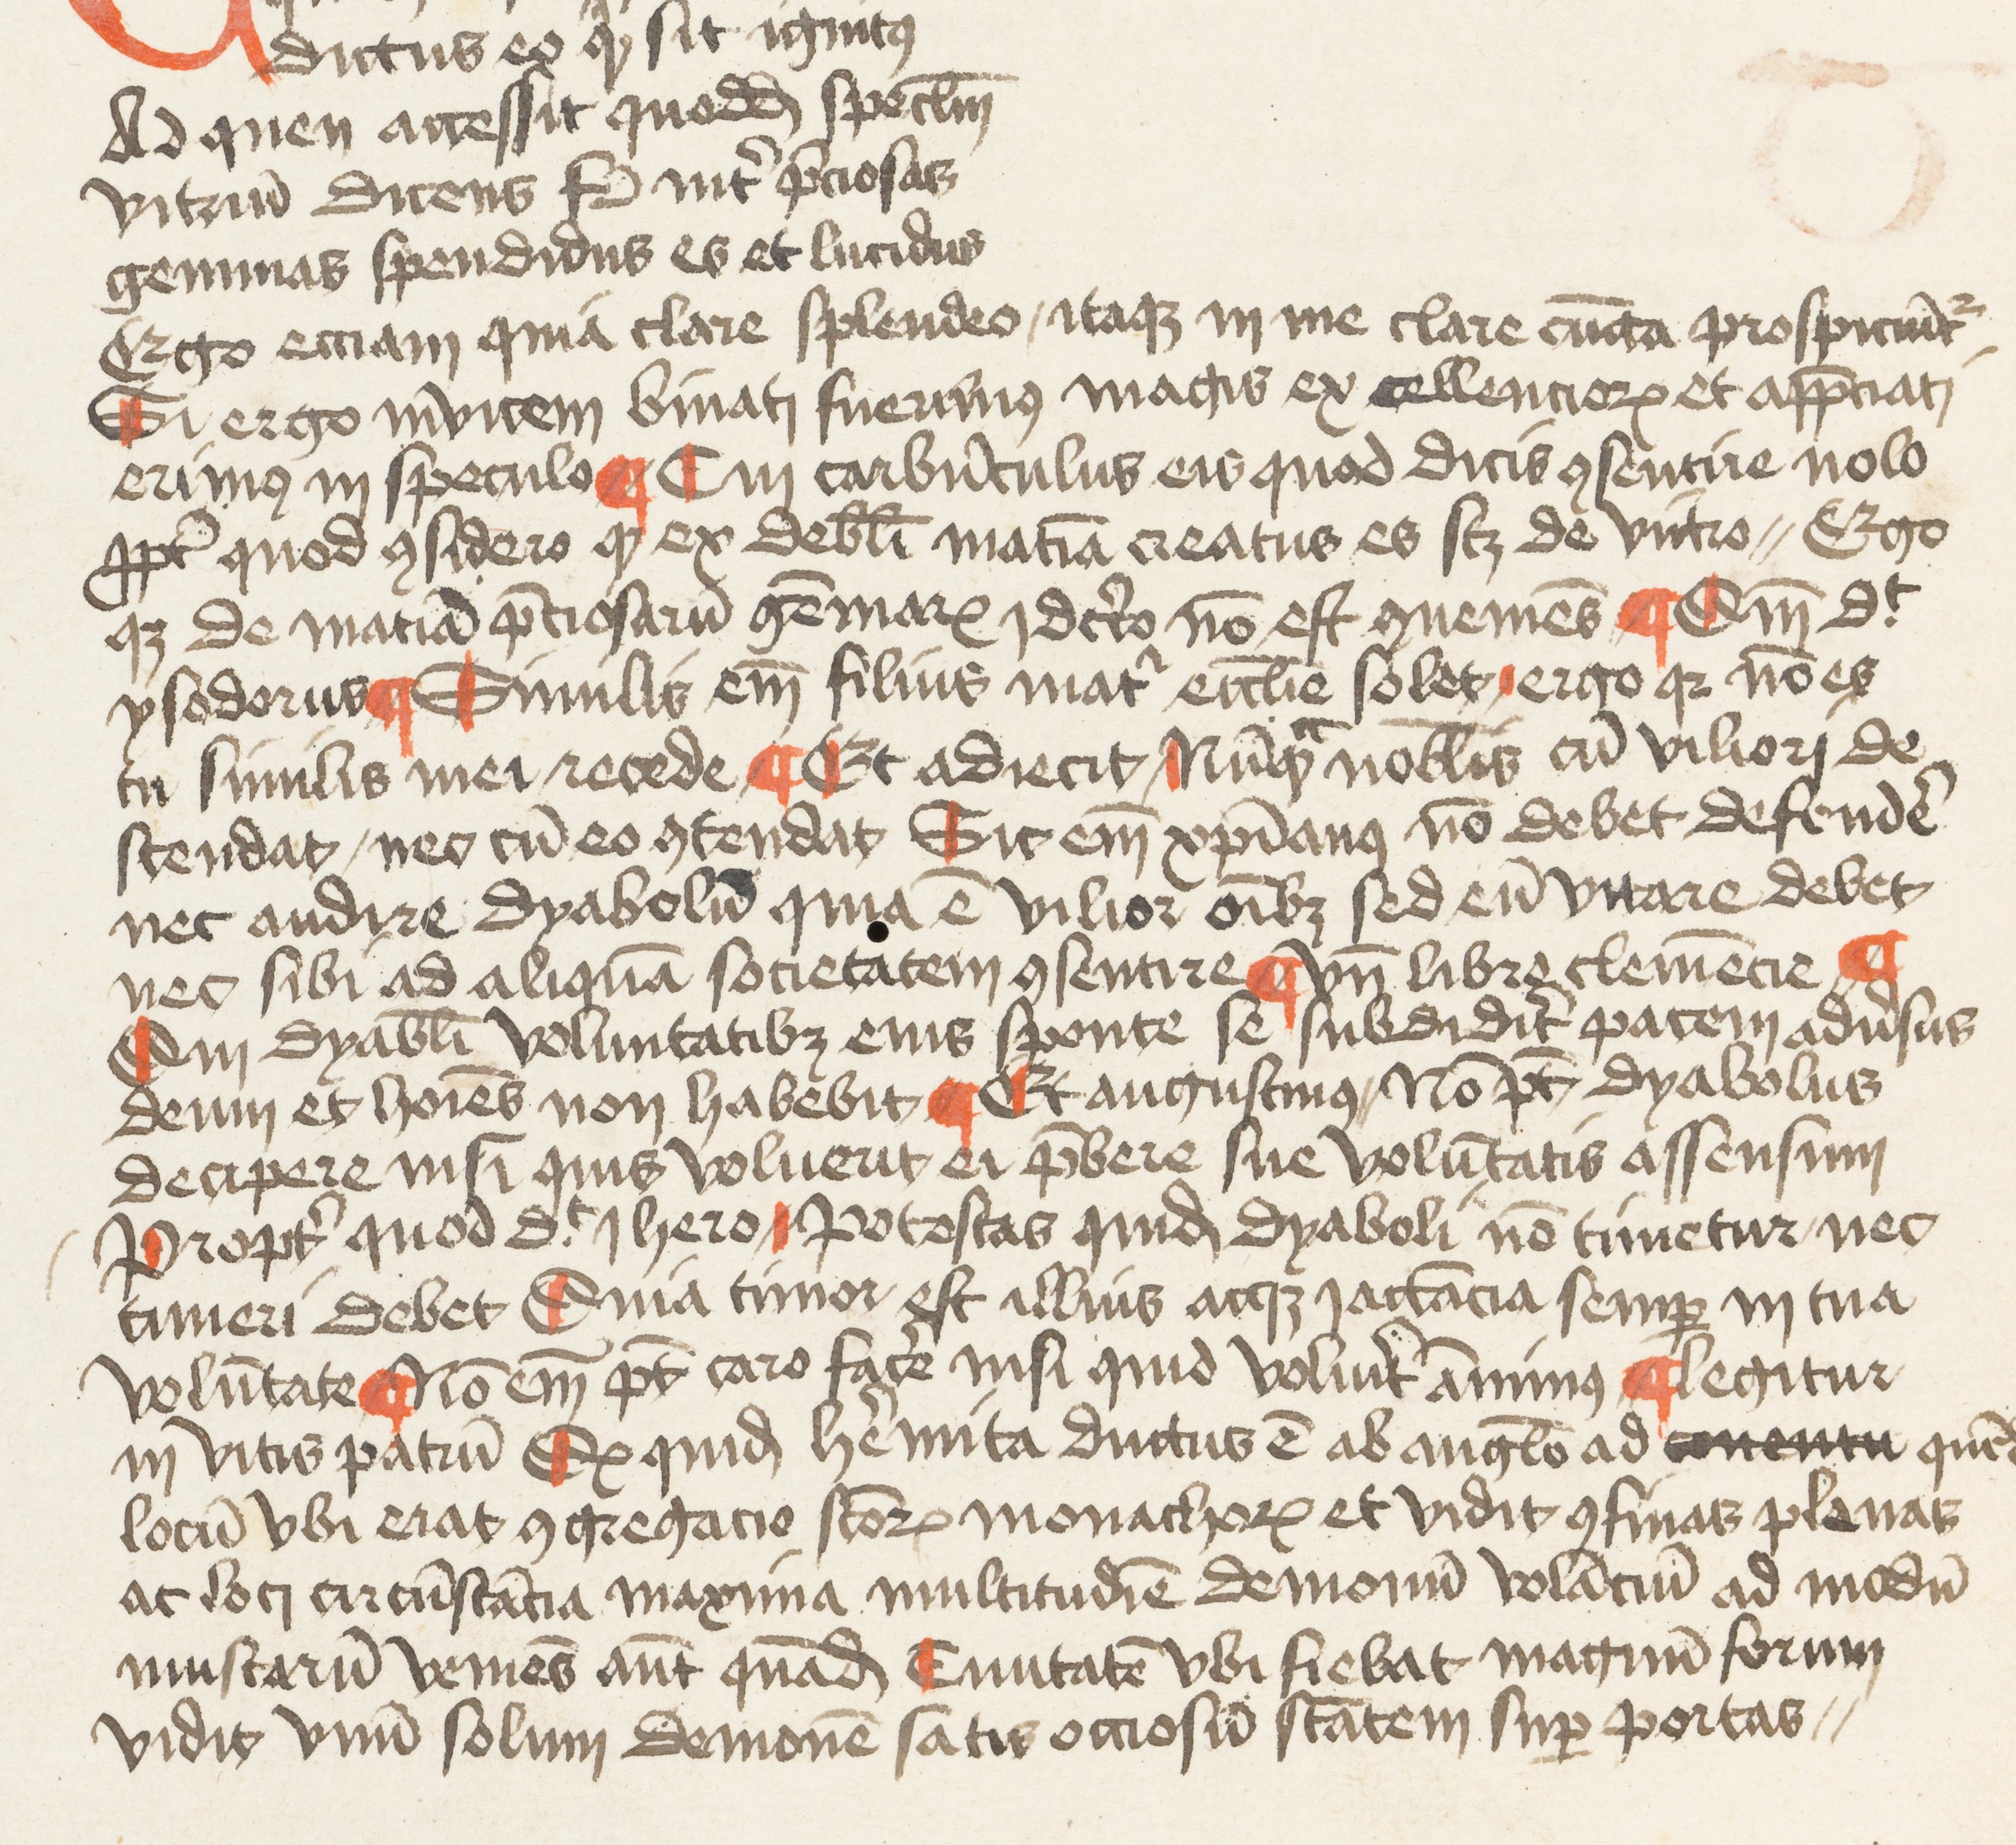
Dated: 1455–1455